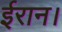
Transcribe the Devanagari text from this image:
ईरान।